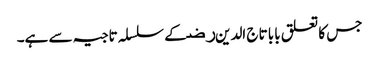
جس کا تعلق بابا تاج الدین ﺭﺿ کے سلسلہ تاجیہ سے ہے۔